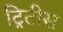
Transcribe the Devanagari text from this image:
ट्रिटीस